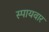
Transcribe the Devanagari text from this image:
स्पायवार